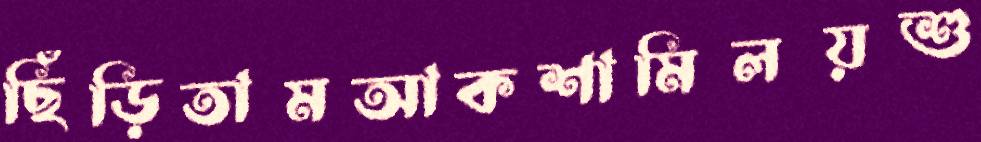
ছিঁড়িতামআকশামিলয়শু